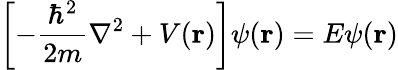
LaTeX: \left[-{\frac{\hbar^{2}}{2m}}\nabla^{2}+V(\mathbf{r})\right]\psi(\mathbf{r})=E\psi(\mathbf{r})